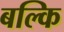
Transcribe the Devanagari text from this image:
बल्कि